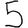
Digit: 5